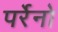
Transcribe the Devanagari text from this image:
पर्रेनो